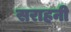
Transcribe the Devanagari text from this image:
सराहनी